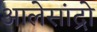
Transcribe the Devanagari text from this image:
आलेसांद्रो